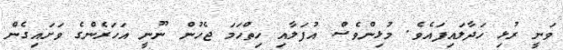
ވަނީ ރުޅި ހަދާލައިފައެވެ. މުޅިންވެސް އުފަލާއި ހިތްހަމަ ޖެހުން ނޫނީ އަހަރެންގެ ވަށައިގެން